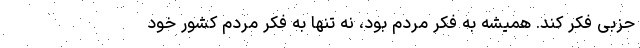
حزبی فکر کند. همیشه به فکر مردم بود، نه تنها به فکر مردم کشور خود